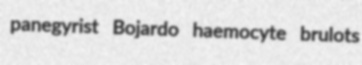
panegyrist Bojardo haemocyte brulots